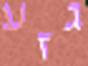
גזע